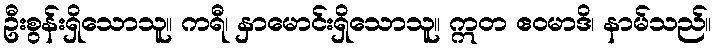
ဦးစွန်းရှိသောသူ။ ကရီ၊ နှာမောင်းရှိသောသူ။ ဣတ ဧဝမာဒိ၊ နာမ်သည်။